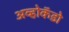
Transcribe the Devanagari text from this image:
अव्होकॅडो